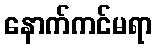
နောက်ကင်မရာ